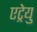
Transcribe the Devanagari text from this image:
एट्रेयु